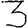
Digit: 3